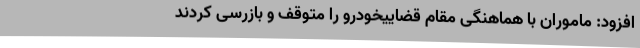
افزود: ماموران با هماهنگی مقام قضاییخودرو را متوقف و بازرسی کردند